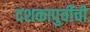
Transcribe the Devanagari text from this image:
दशकापुर्वीची